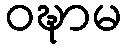
ဝဍ္ဎာမ